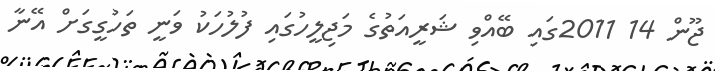
ޖޫން 14 2011ގައި ބޭއްވި ޝަރީއަތުގެ މަޖިލީހުގައި ފުލުހަކު ވަނީ ތަހުގީގަށް އޭނާ